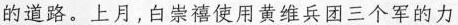
的道路。上月，白崇禧使用黄维兵团三个军的力